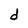
Character: d